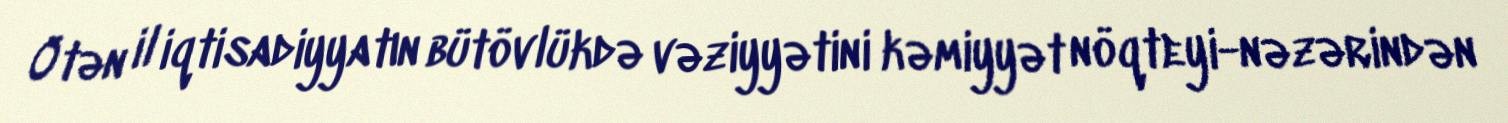
Ötən il iqtisadiyyatın bütövlükdə vəziyyətini kəmiyyət nöqteyi-nəzərindən